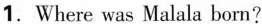
1.Where was Malala born?